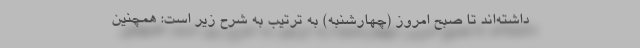
داشته‌اند تا صبح امروز (چهارشنبه) به ترتیب به شرح زیر است: همچنین